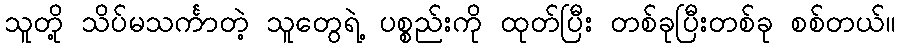
သူတို့ သိပ်မသင်္ကာတဲ့ သူတွေရဲ့ ပစ္စည်းကို ထုတ်ပြီး တစ်ခုပြီးတစ်ခု စစ်တယ်။